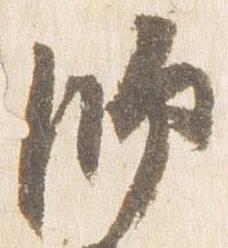
師